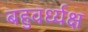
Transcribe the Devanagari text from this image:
बहुवर्ध्यक्ष